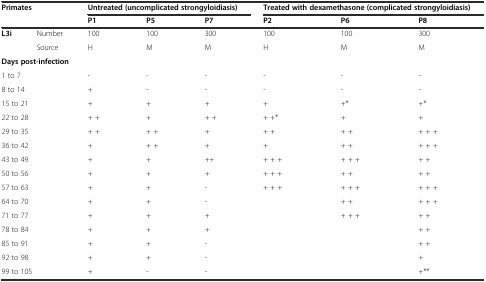
<table><thead><tr><td rowspan="2" colspan="2"><b>Primates</b></td><td colspan="3"><b>Untreated (uncomplicated strongyloidiasis)</b></td><td colspan="3"><b>Treated with dexamethasone (complicated strongyloidiasis)</b></td></tr><tr><td><b>P1</b></td><td><b>P5</b></td><td><b>P7</b></td><td><b>P2</b></td><td><b>P6</b></td><td><b>P8</b></td></tr></thead><tbody><tr><td><b>L3i</b></td><td>Number</td><td>100</td><td>100</td><td>300</td><td>100</td><td>100</td><td>300</td></tr><tr><td></td><td>Source</td><td>H</td><td>M</td><td>M</td><td>H</td><td>M</td><td>M</td></tr><tr><td colspan="2"><b>Days post-infection</b></td><td></td><td></td><td></td><td></td><td></td><td></td></tr><tr><td colspan="2">1 to 7</td><td>-</td><td>-</td><td>-</td><td>-</td><td>-</td><td>-</td></tr><tr><td colspan="2">8 to 14</td><td>+</td><td>-</td><td>-</td><td>-</td><td>-</td><td>-</td></tr><tr><td colspan="2">15 to 21</td><td>+</td><td>+</td><td>+</td><td>+</td><td>+*</td><td>+*</td></tr><tr><td colspan="2">22 to 28</td><td>+ +</td><td>+</td><td>+ +</td><td>+ +*</td><td>+</td><td>+</td></tr><tr><td colspan="2">29 to 35</td><td>+ +</td><td>+ +</td><td>+</td><td>+ +</td><td>+ +</td><td>+ + +</td></tr><tr><td colspan="2">36 to 42</td><td>+</td><td>+ +</td><td>+</td><td>+</td><td>+ +</td><td>+ + +</td></tr><tr><td colspan="2">43 to 49</td><td>+</td><td>+</td><td>++</td><td>+ + +</td><td>+ + +</td><td>+ +</td></tr><tr><td colspan="2">50 to 56</td><td>+</td><td>+</td><td>+</td><td>+ + +</td><td>+ +</td><td>+ +</td></tr><tr><td colspan="2">57 to 63</td><td>+</td><td>+</td><td>-</td><td>+ + +</td><td>+ + +</td><td>+ + +</td></tr><tr><td colspan="2">64 to 70</td><td>+</td><td>+</td><td>-</td><td></td><td>+ +</td><td>+ + +</td></tr><tr><td colspan="2">71 to 77</td><td>+</td><td>+</td><td>+</td><td></td><td>+ + +</td><td>+ +</td></tr><tr><td colspan="2">78 to 84</td><td>+</td><td>+</td><td>+</td><td></td><td></td><td>+ +</td></tr><tr><td colspan="2">85 to 91</td><td>+</td><td>+</td><td>-</td><td></td><td></td><td>+ +</td></tr><tr><td colspan="2">92 to 98</td><td>+</td><td>+</td><td>-</td><td></td><td></td><td>+</td></tr><tr><td colspan="2">99 to 105</td><td>+</td><td>-</td><td>-</td><td></td><td></td><td>+**</td></tr></tbody></table>